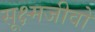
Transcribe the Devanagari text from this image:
सूक्ष्मजीवो